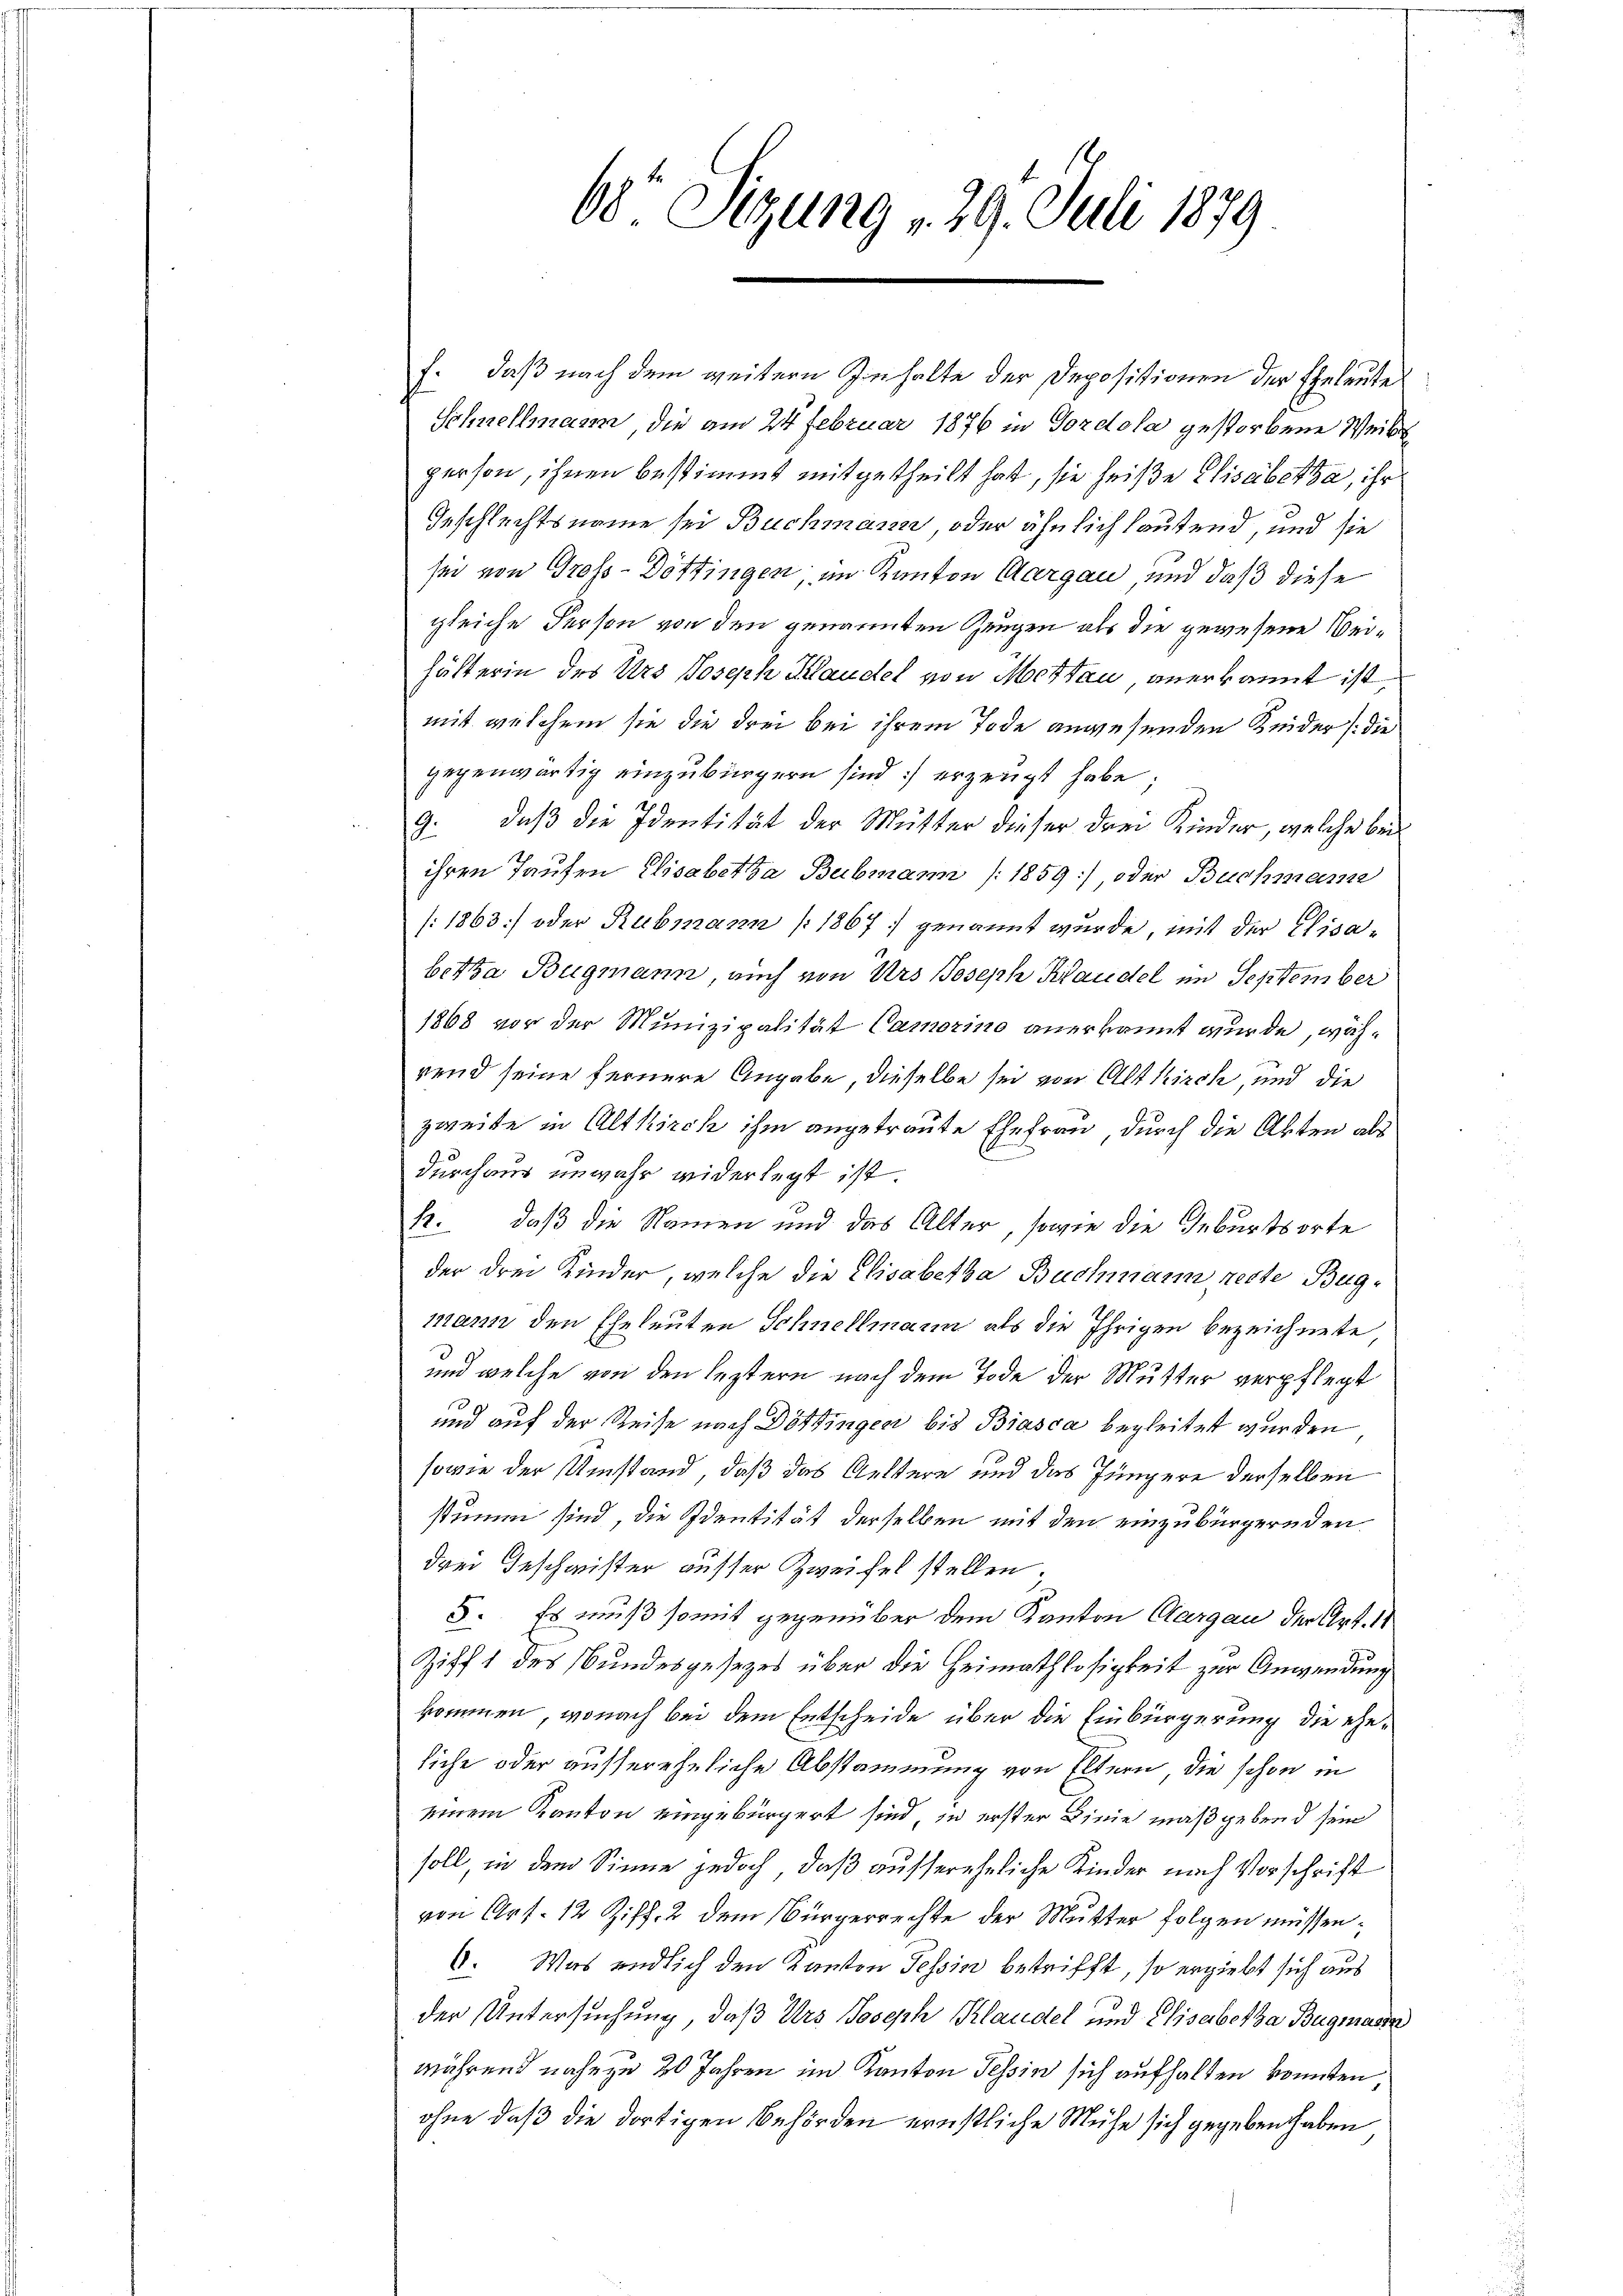
f., daß nach dem weitern Inhalte der Depositionen der Eheleute
Schnellmann, die am 24. Februar 1876 in Fordola gestorbene Weibs
person, ihnen bestimmt mitgetheilt hat, sie heiße Elisabetha, ihr
Geschlechtsname sei Buchmann, oder ähnlich lautend, und sie
sei von Gross-Döttingen; im Kanton Aargau, und daß diese
gleiche Person von den genannten Zeugen als die gewesene Weihälterin des Urs Joseph Klaudel von Mettau, anerkannt ist.
mit, welchem sie die drei bei ihrem Tode anwesenden Keider (die
gegenwärtig einzubürgern sind erzeugt habe;
9. daß die Identität der Mutter dieser drei Kinder, welche bei
ihren Taufen Elisabetta Bubmann (1859), oder Buchmann
[1863] oder Rubmann [1867 genannt wurde, mit der Elisa-
betta Bugmann, auch von Urs Joseph Handel im September
1868 vor der Munizipalität Camorino anerkannt wurde, während seine fernere Angabe, dieselbe sei von Altkirch, und die
zweite in Altkirch ihm angetraute Ehefrau, durch die Abten als
durchaus unwahr widerlegt ist.
12. daß die Namen und das Alter, sowie die Geburtsorte
der drei Kinder, welche die Elisabetha Buchmann reste Burg-
mann den Eheleuten Schnellmann als die Ihrigen bezeichnete,
und welche von den leztern nach dem Tode der Mutter verpflegt
und auf der Reise nach Döttingen bis Biasca begleitet wurden
sowie der Umstand, daß das Geltere und das Jüngere derselben
stimm sind, die Identität derselben mit den einzubürgernden
drei Geschwister ausser Zweifel stellen;
5. Es muß somit gegenüber dem Kanton Aargau der Art. 11
Ziff 1 des Bundesgesezes über die Heimathlosigkeit zur Anwendung
kommen, wonach bei dem Entscheide über die Einbürgerung die eheliche oder aussereheliche Abstammung von Eltern, die schon in
einem Kanton eingebürgert sind, in erster Linie maßgebend sein
soll, in dem Sinne jedoch, daß aussereheliche Kinder nach Vorschrift
von Art. 12 Ziff. 2 dem Bürgerrechte der Mutter folgen müssen;
6. Was endlich den Kanton Tessin betrifft, so ergiebt sich aus
der Untersuchung, daß Urs Joseph Klaudel und Elisabetha Bugmassr
während nahezu 20 Jahren im Kanton Tessin sich aufhalten konnten
ohne daß die dortigen Behörden ernstliche Mühe sich gegeben haben

68 Sizung 29. Juli 1879